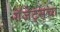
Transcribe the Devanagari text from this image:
गॅजेट्सचा